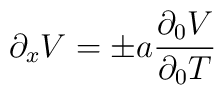
\partial_x V = \pm a {\partial_0 V \over \partial_0 T}